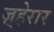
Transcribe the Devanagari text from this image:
ज़्हेरार